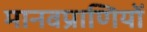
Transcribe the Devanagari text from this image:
मानवप्राणियों